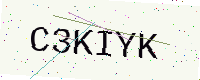
Text: C3KIYK